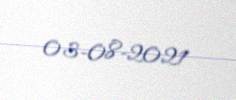
03-08-2021